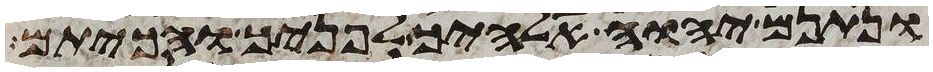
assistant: ונתנם יהוה אלהיך לפניך והכיתם